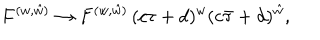
{ F ^ { ( w , \hat { w } ) } \to F ^ { ( w , \hat { w } ) } \, ( c \tau + d ) ^ { w } ( c \bar { \tau } + d ) ^ { \hat { w } } , }